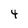
Character: 4